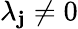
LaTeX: \lambda_{\mathbf{j}}\neq0